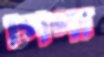
পিপা